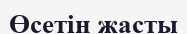
Өсетін жасты